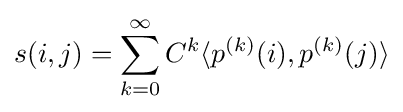
s(i,j)=\sum _{k=0}^{\infty }C^{k}\langle p^{(k)}(i),p^{(k)}(j)\rangle